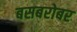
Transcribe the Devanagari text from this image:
बसबरोबर